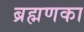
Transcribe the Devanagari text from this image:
ब्रह्मणका